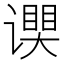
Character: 𬤧